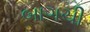
બાગચી